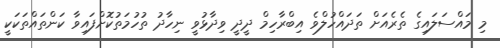
މި މައްސަލައިގެ ތެރެއަށް ތަދައްހުލްވެ އިބްރާހިމް ދީދީ ވިދާޅުވީ ނިހާދު ތުހުމަތުކޮށްފައިވާ ކަންތައްތަކަކީ